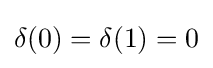
\delta (0)=\delta (1)=0